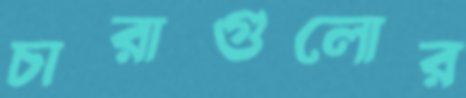
চারাগুলোর